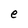
Character: e